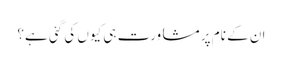
ان کے نام پر مشاورت ہی کیوں کی گئی ہے؟